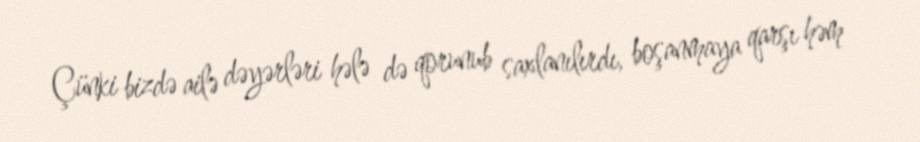
Çünki bizdə ailə dəyərləri hələ də qorunub saxlanılırdı, boşanmaya qarşı həm